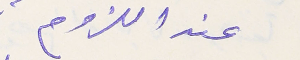
عند اللزوم